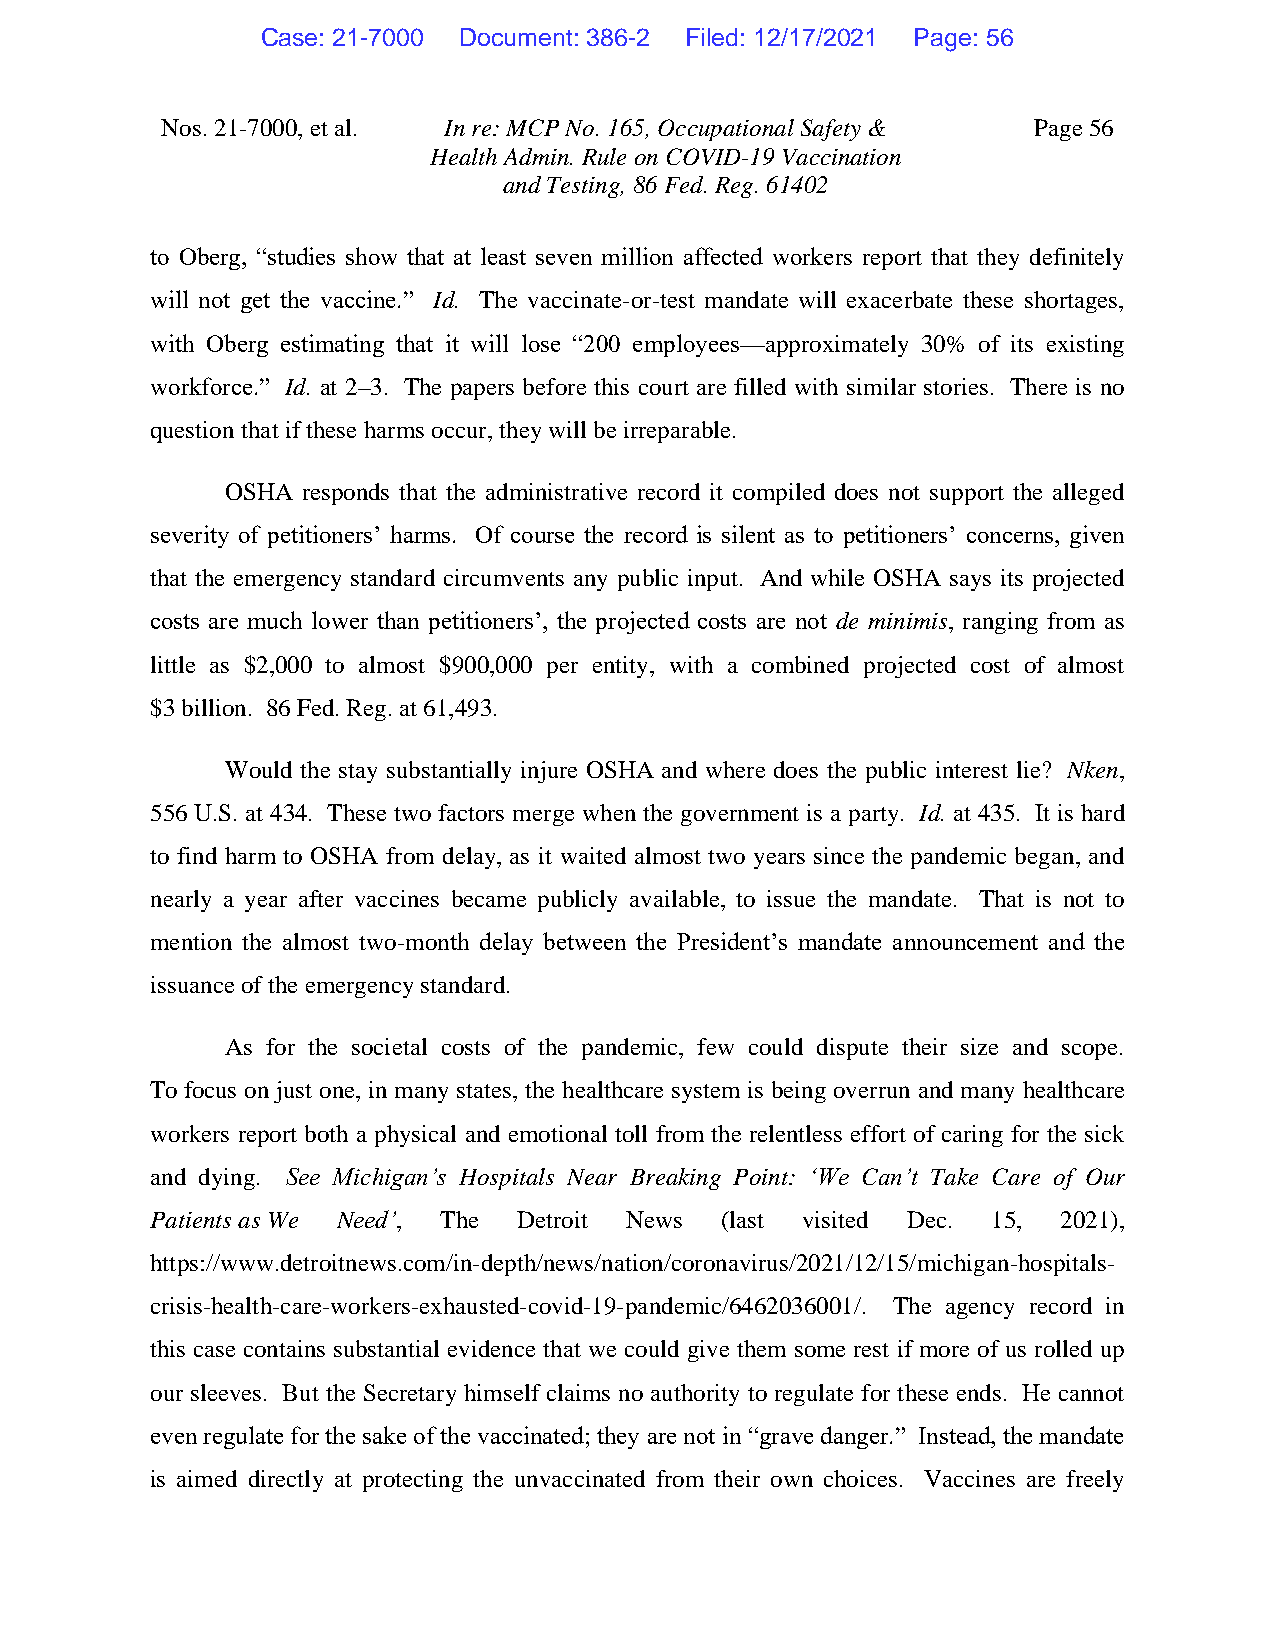
Case: 21-7000 Document: 386-2 Filed: 12/17/2021 Page: 56
 Nos. 21-7000, et al. In re: MCP No. 165, Occupational Safety & Page 56
 Health Admin. Rule on COVID-19 Vaccination
 and Testing, 86 Fed. Reg. 61402
 to Oberg, “studies show that at least seven million affected workers report that they definitely
 will not get the vaccine.” Id. The vaccinate-or-test mandate will exacerbate these shortages,
 with Oberg estimating that it will lose “200 employees—approximately 30% of its existing
 workforce.” Id. at 2–3. The papers before this court are filled with similar stories. There is no
 question that if these harms occur, they will be irreparable.
 OSHA responds that the administrative record it compiled does not support the alleged
 severity of petitioners’ harms. Of course the record is silent as to petitioners’ concerns, given
 that the emergency standard circumvents any public input. And while OSHA says its projected
 costs are much lower than petitioners’, the projected costs are not de minimis, ranging from as
 little as $2,000 to almost $900,000 per entity, with a combined projected cost of almost
 $3 billion. 86 Fed. Reg. at 61,493.
 Would the stay substantially injure OSHA and where does the public interest lie? Nken,
 556 U.S. at 434. These two factors merge when the government is a party. Id. at 435. It is hard
 to find harm to OSHA from delay, as it waited almost two years since the pandemic began, and
 nearly a year after vaccines became publicly available, to issue the mandate. That is not to
 mention the almost two-month delay between the President’s mandate announcement and the
 issuance of the emergency standard.
 As for the societal costs of the pandemic, few could dispute their size and scope.
 To focus on just one, in many states, the healthcare system is being overrun and many healthcare
 workers report both a physical and emotional toll from the relentless effort of caring for the sick
 and dying. See Michigan’s Hospitals Near Breaking Point: ‘We Can’t Take Care of Our
 Patients as We Need’, The Detroit News (last visited Dec. 15, 2021),
 https://www.detroitnews.com/in-depth/news/nation/coronavirus/2021/12/15/michigan-hospitals-
 crisis-health-care-workers-exhausted-covid-19-pandemic/6462036001/. The agency record in
 this case contains substantial evidence that we could give them some rest if more of us rolled up
 our sleeves. But the Secretary himself claims no authority to regulate for these ends. He cannot
 even regulate for the sake of the vaccinated; they are not in “grave danger.” Instead, the mandate
 is aimed directly at protecting the unvaccinated from their own choices. Vaccines are freely